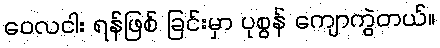
ဝေလငါး ရန်ဖြစ် ခြင်းမှာ ပုစွန် ကျောကွဲတယ်။